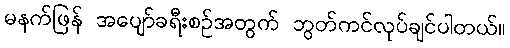
မနက်ဖြန် အပျော်ခရီးစဉ်အတွက် ဘွတ်ကင်လုပ်ချင်ပါတယ်။